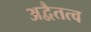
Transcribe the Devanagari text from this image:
अद्वैतत्व